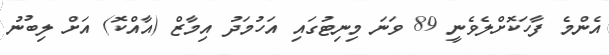
އެންމެ ފާހަކޮށްލެވެނީ 89 ވަނަ މިނިޓުގައި އަހުމަދު އިމާޒް (އާއްކޮ) އަށް ލިބުނު